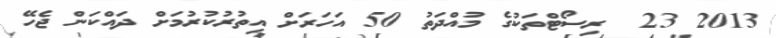
2013 23  ރިސޯޓްތަކުގެ މުއްދަތު 50 އަހަރަށް އިތުރުކުރުމަށް ދައްކަން ޖެހޭ